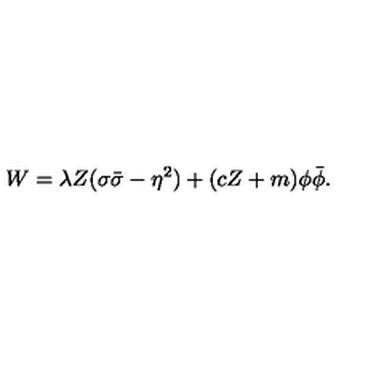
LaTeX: W = \lambda { Z } ( \sigma \bar { \sigma } - \eta ^ { 2 } ) + ( c Z + m ) \phi \bar { \phi } .